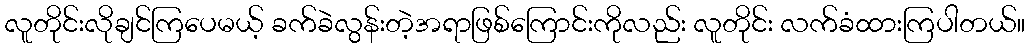
လူတိုင်းလိုချင်ကြပေမယ့် ခက်ခဲလွန်းတဲ့အရာဖြစ်ကြောင်းကိုလည်း လူတိုင်း လက်ခံထားကြပါတယ်။